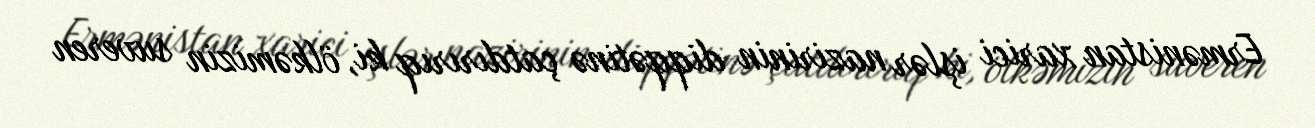
Ermənistan xarici işlər nazirinin diqqətinə çatdırırıq ki, ölkəmizin suveren